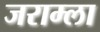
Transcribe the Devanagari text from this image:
जराम्ला